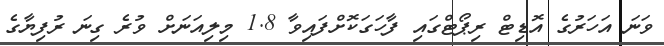
ވަނަ އަހަރުގެ އޮޑިޓް ރިޕޯޓްގައި ފާހަގަކޮށްފައިވާ 1.8 މިލިއަނަށް ވުރެ ގިނަ ރުފިޔާގެ